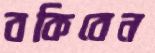
বকিবেন